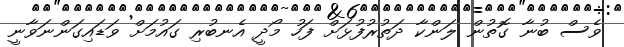
ވެސް ބުނާ ގޮތުން ލަންކާ ދަތުރުފުޅަށް ފަހު މޯދީ އެނބުރި ގައުމަށް ވަޑައިގަންނަވާނީ